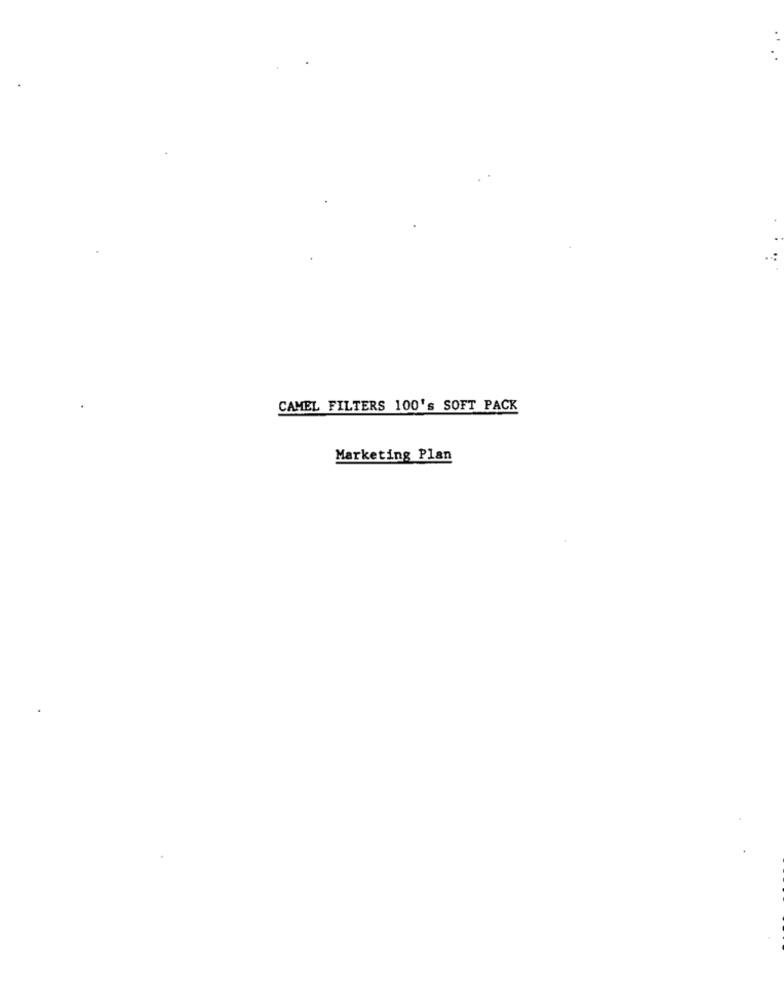
CAMEL FILTERS 100's SOFT PACK
Marketing Plan